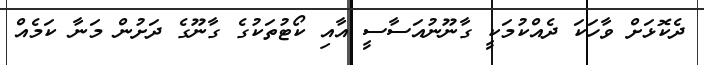
ދެކޮޅަށް ވާހަކަ ދެއްކުމަކީ ގާނޫނުއަސާސީ އާއި ކޯޓުތަކުގެ ގާނޫގެ ދަށުން މަނާ ކަމެއް